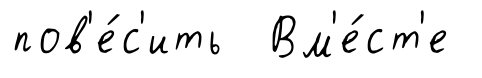
пов'е́с'ить Вм'е́ст'е